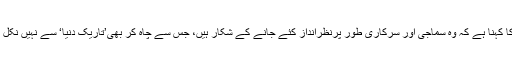
ان خواتین کا کہنا ہے کہ وہ سماجی اور سرکاری طور پرنظرانداز کئے جانے کے شکار ہیں، جس سے چاہ کر بھی’تاریک دنیا‘ سے نہیں نکل پا رہی ہیں۔